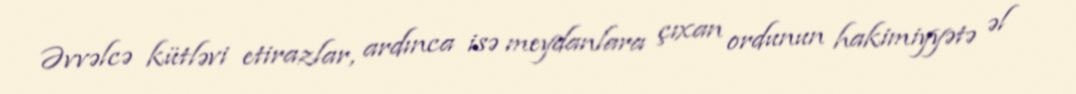
Əvvəlcə kütləvi etirazlar, ardınca isə meydanlara çıxan ordunun hakimiyyətə əl